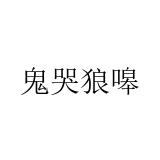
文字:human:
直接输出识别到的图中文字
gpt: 鬼哭狼嗥